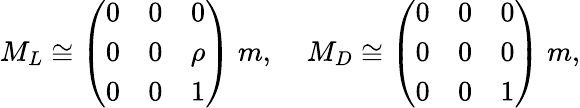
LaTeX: M_{L}\cong\left(\begin{array}{ccc}{{0}}&{{0}}&{{0}}\\ {{0}}&{{0}}&{{\rho}}\\ {{0}}&{{0}}&{{1}}\end{array}\right)\; m,\; \; \; \; M_{D}\cong\left(\begin{array}{ccc}{{0}}&{{0}}&{{0}}\\ {{0}}&{{0}}&{{0}}\\ {{0}}&{{0}}&{{1}}\end{array}\right)\; m,